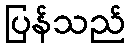
ပြန်သည်